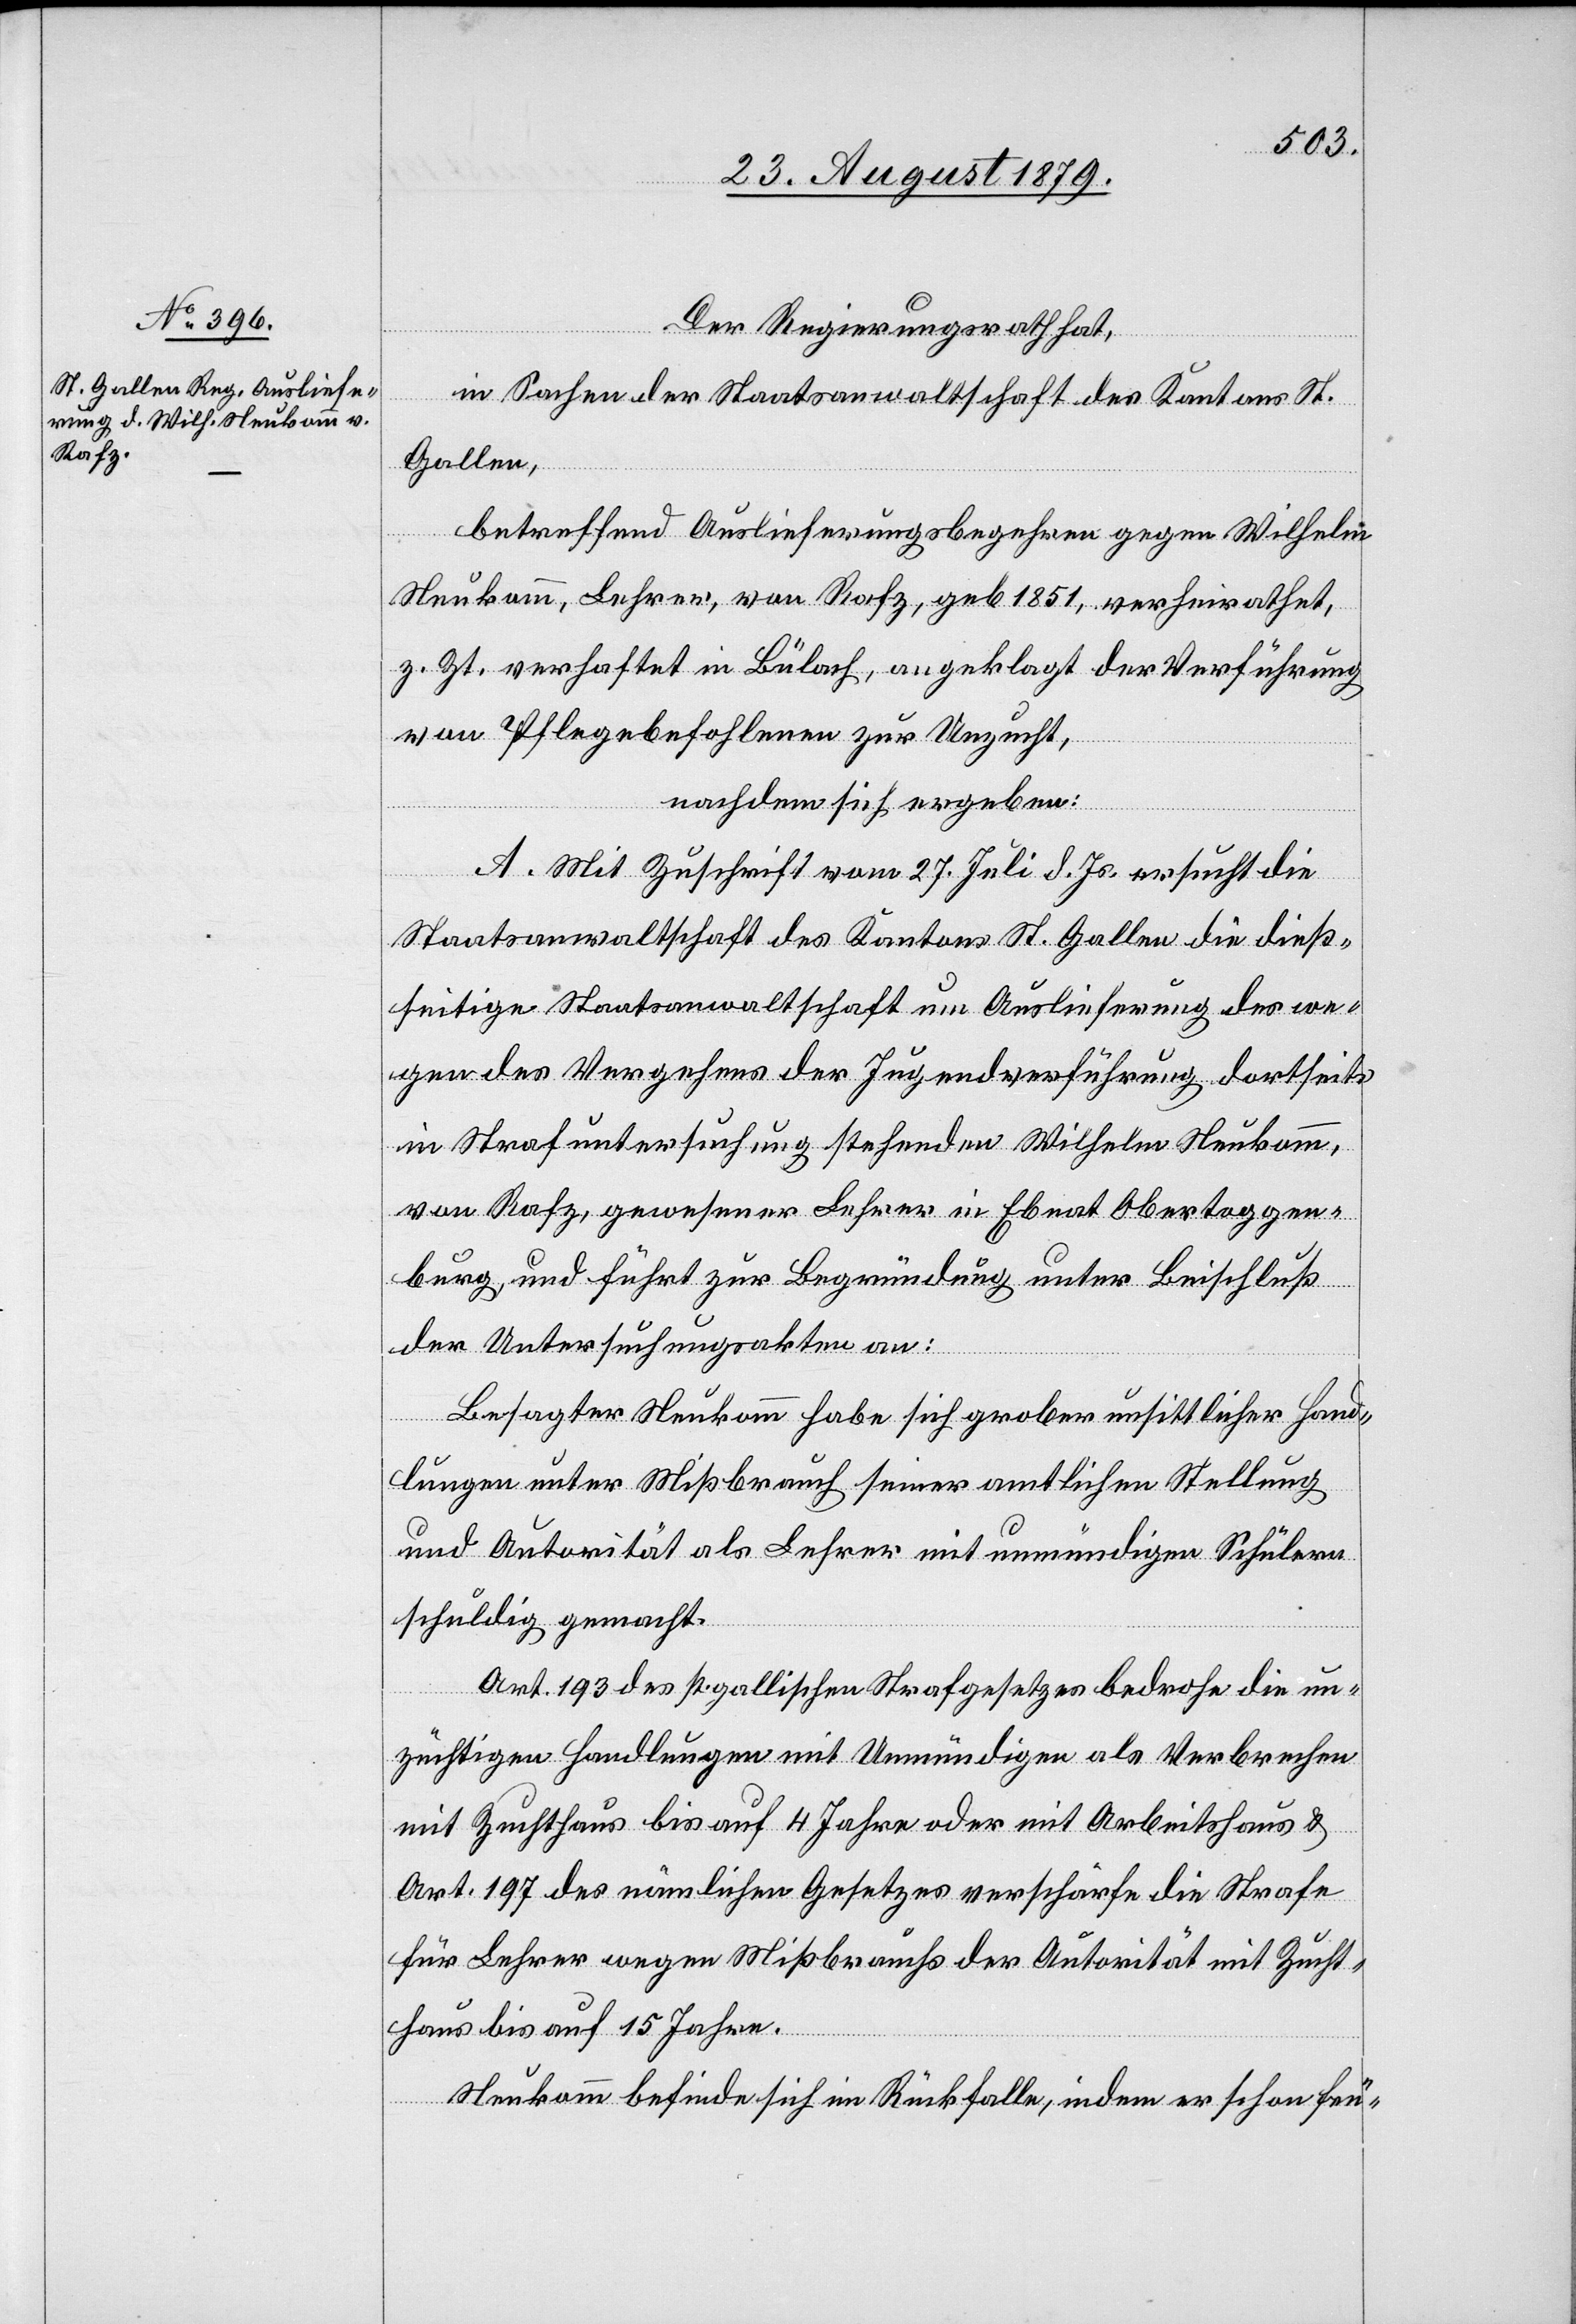
Der Regierungsrath hat,
in Sachen der Staatsanwaltschaft des Kantons St.
Gallen,
betreffend Auslieferungsbegehren gegen Wilhelm
Neukomm, Lehrer, von Rafz, geb. 1851, verheirathet,
z. Zt. verhaftet in Bülach, angeklagt der Verführung
von Pflegebefohlenen zur Unzucht,
nachdem sich ergeben:
A. Mit Zuschrift vom 27. Juli d. Js. ersucht die
Staatsanwaltschaft des Kantons St. Gallen die dieß¬
seitige Staatsanwaltschaft um Auslieferung des we¬
gen des Vergehens der Jugendverführung dortseits
in Strafuntersuchung stehenden Wilhelm Neukomm,
von Rafz, gewesener Lehrer in Ebnat Obertoggen¬
burg, und führt zur Begründung unter Beischluß
der Untersuchungsakten an:
Besagter Neukomm habe sich grober unsittlicher Hand¬
lungen unter Mißbrauch seiner amtlichen Stellung
und Autorität als Lehrer mit unmündigen Schülern
schuldig gemacht.
Art. 193 des st. gallischen Strafgesetzes bedrohe die un¬
züchtigen Handlungen mit Unmündigen als Verbrechen
mit Zuchthaus bis auf 4 Jahre oder mit Arbeitshaus &
Art. 197 des nämlichen Gesetzes verschärfe die Strafe
für Lehrer wegen Missbrauchs der Autorität mit Zucht¬
haus bis auf 15 Jahren.
Neukomm befinde sich im Rückfalle, indem er schon frü-